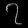
Digit: ၇